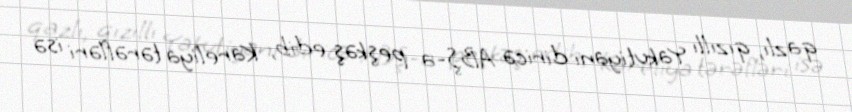
qazlı, qızıllı Yakutiyanı diricə ABŞ-a peşkəş edib, Kareliya tərəfləri isə